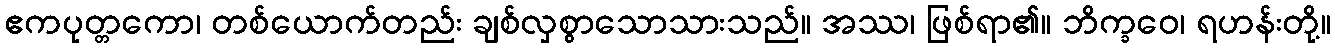
ဧကပုတ္တကော၊ တစ်ယောက်တည်း ချစ်လှစွာသောသားသည်။ အဿ၊ ဖြစ်ရာ၏။ ဘိက္ခဝေ၊ ရဟန်းတို့။